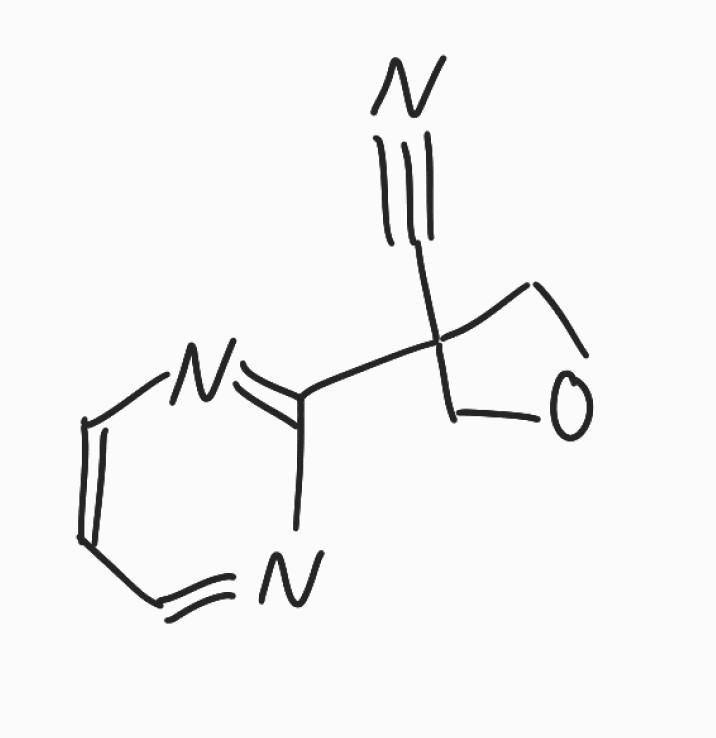
Simplified molecular-input line-entry system (SMILES) notation of the given molecule:
C1COCC1(C#N)C2=NC=CC=N2